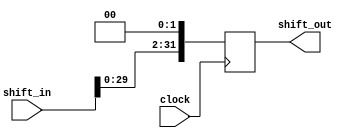
`timescale 1ns / 1ps

module Left_Shift( 
   input      clock,
   input      [31:0] shift_in,
   output reg [31:0] shift_out
   );
   
   always@( posedge clock )
      shift_out <= { shift_in[29:0], 2'b0 };

endmodule